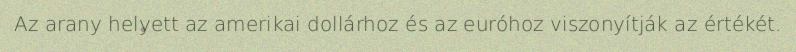
Az arany helyett az amerikai dollárhoz és az euróhoz viszonyítják az értékét.